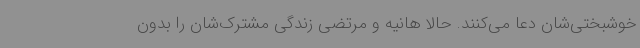
خوشبختی‌شان دعا می‌کنند. حالا هانیه و مرتضی زندگی مشترک‌شان را بدون